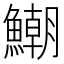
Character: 𩻹